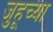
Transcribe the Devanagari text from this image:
जुहूच्या